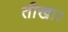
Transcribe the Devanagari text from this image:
तीखा।